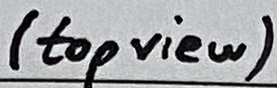
Text: (top view)